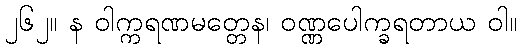
၂၆၂။ န ဝါက္ကရဏမတ္တေန၊ ဝဏ္ဏပေါက္ခရတာယ ဝါ။